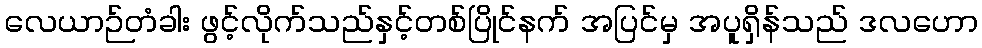
လေယာဉ်တံခါး ဖွင့်လိုက်သည်နှင့်တစ်ပြိုင်နက် အပြင်မှ အပူရှိန်သည် ဒလဟော